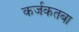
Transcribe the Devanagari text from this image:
कर्जकतबा